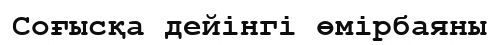
Соғысқа дейінгі өмірбаяны